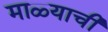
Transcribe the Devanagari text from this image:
माळ्याची